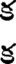
క